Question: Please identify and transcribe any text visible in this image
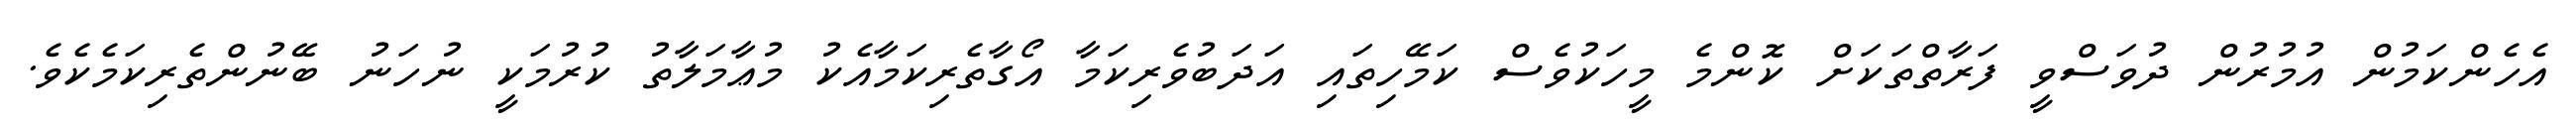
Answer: އެހެންކަމުން އުމުރުން ދުވަސްވީ ފަރާތްތަކަށް ކޮންމެ މީހަކުވެސް ކަމޭހިތައި އަދަބުވެރިކަމާ އޯގާތެރިކަމާއެކު މުޢާމަލާތު ކުރުމަކީ ނުހަނު ބޭނުންތެރިކަމެކެވެ.